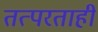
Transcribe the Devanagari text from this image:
तत्परताही